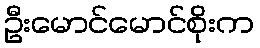
ဦးမောင်မောင်စိုးက